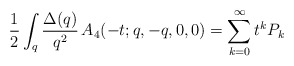
\begin{align*}\frac{1}{2} \int_q \frac{\Delta (q)}{q^2}\, A_4 (-t; q,-q,0,0) =\sum_{k=0}^\infty t^k P_k\end{align*}